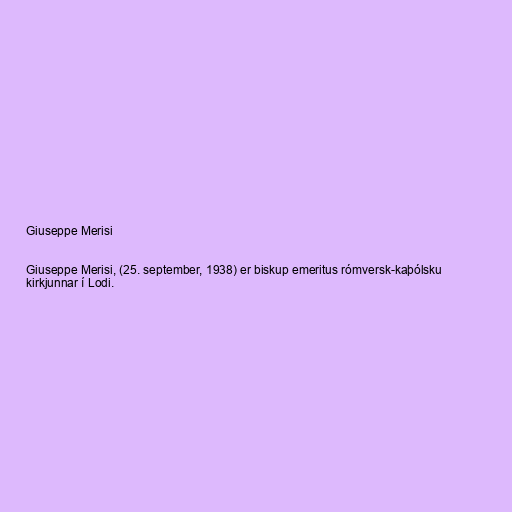
Giuseppe Merisi

Giuseppe Merisi, (25. september, 1938) er biskup emeritus rómversk-kaþólsku
kirkjunnar í Lodi.